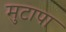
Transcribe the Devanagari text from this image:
मुटापा